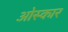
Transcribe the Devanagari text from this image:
ओस्कार